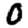
Digit: 0